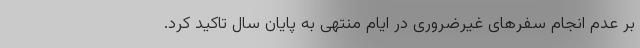
بر عدم انجام سفرهای غیرضروری در ایام منتهی به پایان سال تاکید کرد.